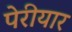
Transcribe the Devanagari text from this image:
पेरीयार